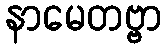
နာမေတဗ္ဗာ